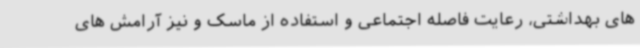
های بهداشتی، رعایت فاصله اجتماعی و استفاده از ماسک و نیز آرامش های